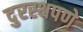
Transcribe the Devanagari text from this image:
दुरस्थपणे